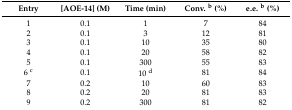
<table><thead><tr><td><b>Entry</b></td><td><b>[AOE-14] (M)</b></td><td><b>Time (min)</b></td><td><b>Conv. <sup>b</sup> (%)</b></td><td><b>e.e. <sup>b</sup> (%)</b></td></tr></thead><tbody><tr><td>1</td><td>0.1</td><td>1</td><td>7</td><td>84</td></tr><tr><td>2</td><td>0.1</td><td>3</td><td>12</td><td>81</td></tr><tr><td>3</td><td>0.1</td><td>10</td><td>35</td><td>80</td></tr><tr><td>4</td><td>0.1</td><td>20</td><td>58</td><td>82</td></tr><tr><td>5</td><td>0.1</td><td>300</td><td>55</td><td>83</td></tr><tr><td>6 <sup>c</sup></td><td>0.1</td><td>10 <sup>d</sup></td><td>81</td><td>84</td></tr><tr><td>7</td><td>0.2</td><td>10</td><td>60</td><td>83</td></tr><tr><td>8</td><td>0.2</td><td>20</td><td>81</td><td>83</td></tr><tr><td>9</td><td>0.2</td><td>300</td><td>81</td><td>82</td></tr></tbody></table>